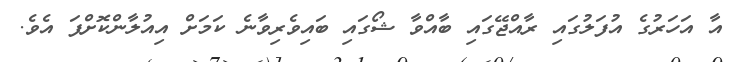
އާ އަހަރުގެ އުފަލުގައި ރާއްޖޭގައި ބާއްވާ ޝޯގައި ބައިވެރިވާނެ ކަމަށް އިއުލާންކޮށްފަ އެވެ.